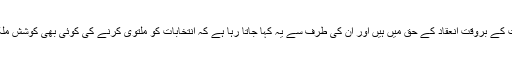
ملک کی تقریباً تمام سیاسی جماعتیں عام انتخابات کے بروقت انعقاد کے حق میں ہیں اور ان کی طرف سے یہ کہا جاتا رہا ہے کہ انتخابات کو ملتوی کرنے کی کوئی بھی کوشش ملک کے جمہوری نظام کے لیے نقصان دہ ہو گی۔